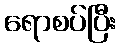
ရောစပ်ပြီး